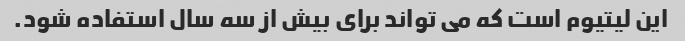
این لیتیوم است که می تواند برای بیش از سه سال استفاده شود.